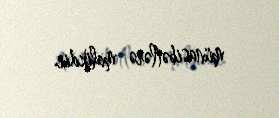
münasibətlərə malikdir.